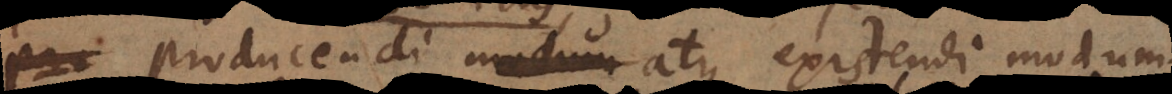
producendi modum atque existendi modum,